Vital statistics of India. Vol. VI, European troops 1870-79
Year: 1870
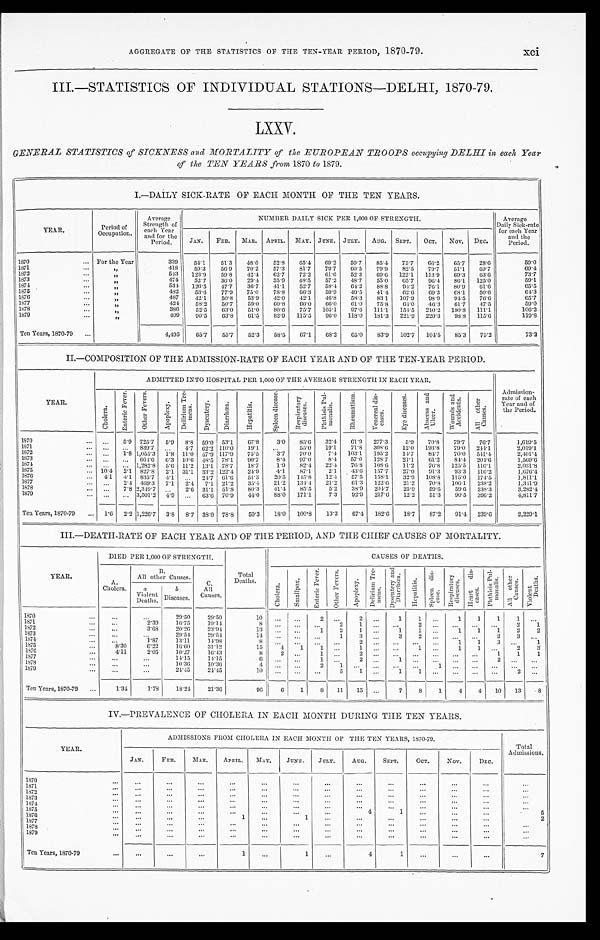
AGGREGATE OF THE STATISTICS OF THE TEN-YEAR PERIOD, 1870-79.
xci
III.—STATISTICS OF INDIVIDUAL STATIONS—DELHI, 1870-79.
LXXV.
GENERAL STATISTICS of SICKNESS and MORTALITY of the EUROPEAN TROOPS occupying DELHI in each Year
of the TEN YEARS from 1870 to 1879.
I.—DAILY SICK-RATE OF EACH MONTH OF THE TEN YEARS.
YEAR.
Period of
Occupation.
Average
Strength of
each Year
and for the
Period.
NUMBER DAILY SICK PER 1,000 OF STRENGTH.
Average
Daily Sick-rate
for each Year
and the
Period.
JAN. FEB. MAR. APRIL. MAY. JUNE. JULY. AUG. SEPT. OCT. Nov. DEC.
1870
For the Year
339 54.1 51.3 48.6 52.8 65.4 69.2 59. 7 85.4 75.7 66. 2 65.7 28.6
5 9 . 0
1871
„
418 59.3 56.0 70.2 57.3 81.7 79. 7 60. 5 79.9 82.5 79. 7 51.1 69.7
6 9 . 4
1872
„
543 123.9 59.8 42.4 62.7 72.2 61.6 52. 3 69.6 122.1 113. 9 69.3 63.6
7 3 . 7
1873
„
474 52.7 36.0 29.4 35.9 48.5 57.2 48.7 55.0 65.7 96.4 86.1 125.0
5 9 . 1
1874
„
534 126.5 47.7 36.7 41.1 52.7 58.4 64. 2 88.8 94.2 76. 1 80.9 61.6
6 5 . 5
1875
„
482 53.6 77.9 75.0 78.8 66.3 59.9 49. 5 41.4 62.6 69.3 68.1 50.6
6 4 . 3
1876
„
487 42.1 50.8 53.9 42.0 42.1 46.8 58. 3 83.1 107.9 98.9 94.5 76.6
6 5 . 7
1877
„
424 58.2 50.7 59.0 60.8 66.0 66.0 61. 0 75.8 64.0 46.3 61.7 47.5
5 9 . 0
1878
„
386 52.5 63.0 51.0 80.6 75.7 105.1 97. 6 111.1 154.5 210.2 180.8 111.1
1 0 6 . 2
1879
„
409 90.5 63.8 61.5 82.9 115.5 96.0 118. 0 181.3 221.9 220. 3 98.8 115.6
1 1 9 . 8
Ten Years, 1870-79
4,495 65.7 55.7 52.3 58.5 67. 1 68.2 65. 0 83.9 102.7 104. 5 85.3 75.2
73.2
II.—COMPOSITION OF THE ADMISSION-RATE OF EACH YEAR AND OF THE TEN-YEAR PERIOD.
YEAR.
ADMITTED INTO HOSPITAL PER 1,000 OF THE AVERAGE STRENGTH IN EACH YEAR.
Admission-
rate of each
Year and of
the Period.
C h o l e r a .
E n t e r i c F e v e r .
O t h e r F e v e r s .
A p o p l e x y .
D e l i r i u m T r e -
m e n s . D y s e n t e r y .
D i a r r h œ a .
H e p a t i t i s .
S p l e e n d i s e a s e . R e s p i r a t o r y
d i s e a s e .
P h t h i s i s P u l -
m o n a l i s .
R h e u m a t i s m .
V e n e r e a l d i s -
e a s e s .
E y e d i s e a s e s . A b s c e s s a n d
U l c e r .
W o u n d s a n d
A c c i d e n t s .
A l l o t h e r
C a u s e s .
1870
5.9 725.7 5.9 8.8 59.0 53.1 67.8 3.0 85.6 32.4 61.9 277.3 5.9 70.8 79.7 76.7
1 , 6 1 9 . 5
1871
839.7
4.7 62.2 110.0 19.1
55.0 19.1 71.8 308.6 12.0 193.8 79.0 244.1
2 , 0 1 9 . 1
1872
1.8 1,055.3 1. 8 11.0 47.9 117.9 75.5 3.7 70.0 7.4 103.1 195.2 14.7 84.7 70.0 541.4
2 , 4 0 1 . 4
1873
664.6 6.3 10.6 48.5 78.1
9 0 . 7 8.4 97.0 8.4 57.0 128.7 21.1 61.2 84.4 204.6
1 , 5 6 9 . 6
1874
1,282.8 5.6 11.2 13.1 78.7 18.7 1.9 82.4 22.4 76.8 108.6 11.2 76.8 125.5 116.1
2,031.8
1875
10.4 2.1 827.8 2.1 31.1 33.2 122.4 24.9 4.1 87.1 2.1 43.6 157.7 27.0 91.3 93.3 116.2
1 , 6 7 6 . 4
1876
4 . 1 4.1 835.7 4.1
24.7 61.6 51.3 20.5 145.8 12.4 57.5 158.1 32.9 108.8 115.0 174.5
1,811.1
1877
2.4 469.3 7.1 2.4 7.1 21.2 35.4 21.2 134.4 21.2 61.3 122.6 21.2 70.8 106.1 238.2
1 , 3 4 1 . 9
1878
7.8 2,349.7
2.6 31.1 51.8 80.3 41.4 85.5 5.2 38.9 204.7 25.9 59.6 59.6 238.3
3 , 2 8 2 . 4
1879
3,501.2 4.9
63.6 70.9 44.0 88.0 171.1 7.3 92.9 217.6 12.2 51.3 90.5 396.2
4,811.7
Ten Years, 1870-79
1.6 2.2 1,226.7 3.8 8.7 38.0 78.8 50.3 18.0 100.8 13.3 67.4 182.6 18.7 87.2 91.4 239.6
2,229.1
III.—DEATH-RATE OF EACH YEAR AND OF THE PERIOD, AND THE CHIEF CAUSES OF MORTALITY.
YEAR.
DIED PER 1,000 OF STRENGTH.
Total
Deaths.
CAUSES OF DEATHS.
A.
Cholera.
B.
All other Causes. C.
All
Causes.
C h o l e r a .
S m a l l p o x .
E n t e r i c F e v e r . O t h e r F e v e r s .
A p o p l e x y .
D e l i r i u m T r e -
m e n s .
D y s e n t e r y a n d
D i a r r h œ a .
H e p a t i t i s .
S p l e e n d i s -
e a s e .
R e s p i r a t o r y
d i s e a s e s .
H e a r t d i s -
e a s e s .
P h t h i s i s P u l -
m o n a l i s . A l l o t h e r
C a u s e s . V i o l e n t
D e a t h s .
a
Violent Deaths.
b
Diseases.
1870
29.50 29. 50
1 0
2
2
1 1
1 1 1 1
1871
2.39 16.75 19. 14
8
2
1
2
2 1
1872
3.68 20.26 23. 94
13
1 2
1
1
1
1 1 1 2 2
1873
29.54. 29. 54
14
1 3
3
2
2 3
1874
1.87 13.11 14.98
8
2
1 1 3
1
1875
8.30 6.22 16.60 31.12
15 4
1 1
1
1
1 1
2 3
1876
4.11 2.05 10.27 16. 43
8
2
1
2
1 1 1
1877
14.15 14. 15
6
1
2
1
2
1878
10.36 10. 36
4
2
1
1
1879
24.45 24. 45
10
5 1
1 1
2
Ten Years, 1870-79
1.34 1.78 18.21 21.36
96 6 1 8 11 15
7 8 1 4 4 10 13 8
IV.—PREVALENCE OF CHOLERA IN EACH MONTH DURING THE TEN YEARS.
YEAR.
ADMISSIONS FROM CHOLERA IN EACH MONTH OF THE TEN YEARS, 1870-79.
Total
Admissions.
JAN. FEB. MAR. APRIL. MAY.
JUNE. JULY. AUG. SEPT. OCT. Nov. DEC.
1 8 7 0
1871 1872 1873 1874 1875
4
1
5
1876
1
1
2
1877 1878 1879
Ten Years, 1870-79
1
1
4
1
7